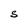
Character: S